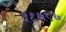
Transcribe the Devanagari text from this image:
५९६८६